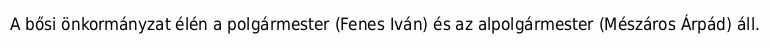
A bősi önkormányzat élén a polgármester (Fenes Iván) és az alpolgármester (Mészáros Árpád) áll.